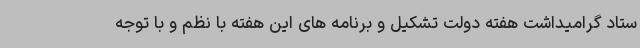
ستاد گرامیداشت هفته دولت تشکیل و برنامه های این هفته با نظم و با توجه